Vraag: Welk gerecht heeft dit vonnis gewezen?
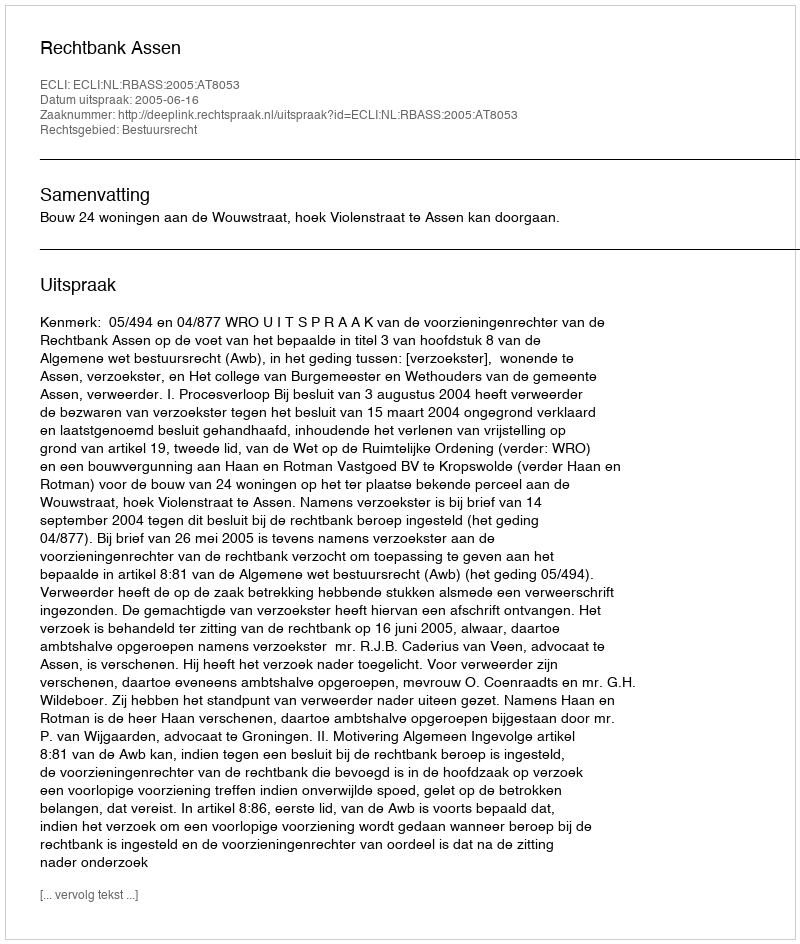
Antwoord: Rechtbank Assen